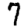
Digit: 7